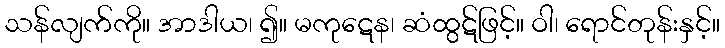
သန်လျက်ကို။ အာဒါယ၊ ၍။ မကုဋေန၊ ဆံထွဋ်ဖြင့်။ ဝါ၊ ရောင်တုန်းနှင့်။